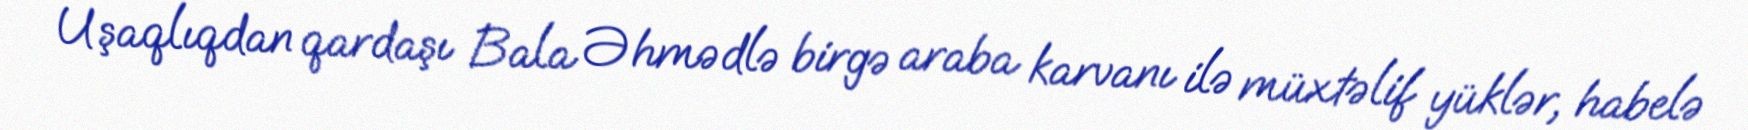
Uşaqlıqdan qardaşı Bala Əhmədlə birgə araba karvanı ilə müxtəlif yüklər, habelə